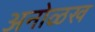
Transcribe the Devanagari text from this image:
अनोळख